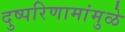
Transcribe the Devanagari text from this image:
दुष्परिणामांमुळे